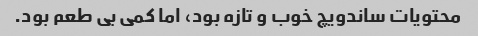
محتویات ساندویچ خوب و تازه بود، اما کمی بی طعم بود.